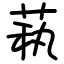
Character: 萟